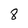
Character: 8